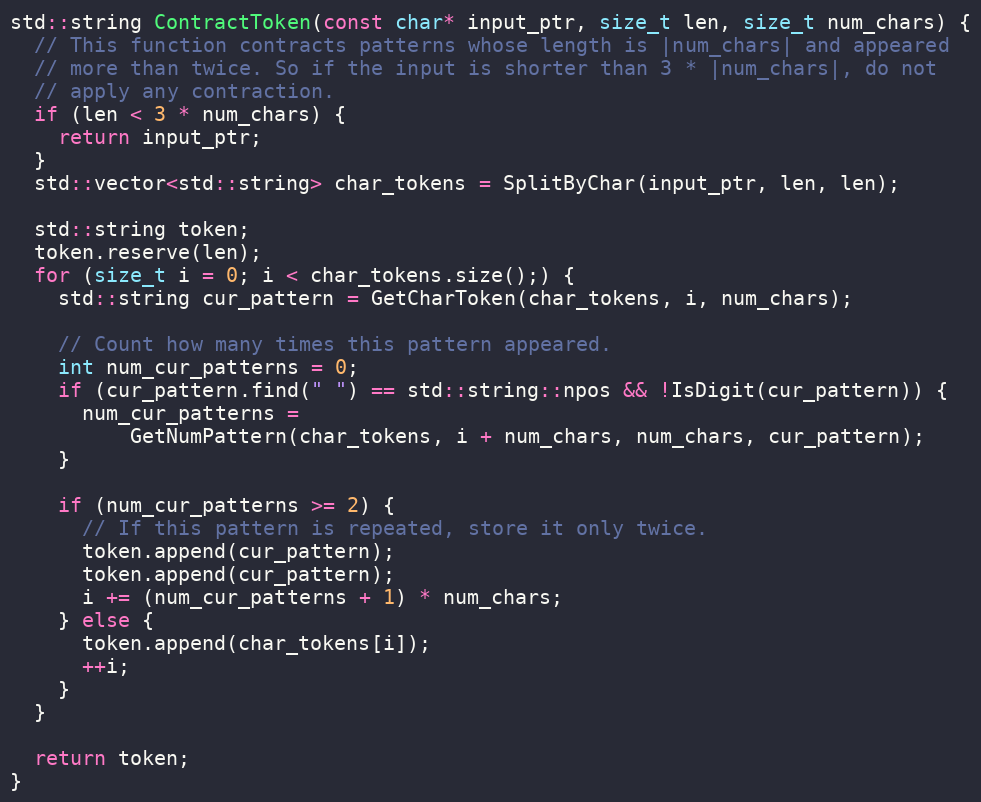
Language: C++
std::string ContractToken(const char* input_ptr, size_t len, size_t num_chars) {
  // This function contracts patterns whose length is |num_chars| and appeared
  // more than twice. So if the input is shorter than 3 * |num_chars|, do not
  // apply any contraction.
  if (len < 3 * num_chars) {
    return input_ptr;
  }
  std::vector<std::string> char_tokens = SplitByChar(input_ptr, len, len);

  std::string token;
  token.reserve(len);
  for (size_t i = 0; i < char_tokens.size();) {
    std::string cur_pattern = GetCharToken(char_tokens, i, num_chars);

    // Count how many times this pattern appeared.
    int num_cur_patterns = 0;
    if (cur_pattern.find(" ") == std::string::npos && !IsDigit(cur_pattern)) {
      num_cur_patterns =
          GetNumPattern(char_tokens, i + num_chars, num_chars, cur_pattern);
    }

    if (num_cur_patterns >= 2) {
      // If this pattern is repeated, store it only twice.
      token.append(cur_pattern);
      token.append(cur_pattern);
      i += (num_cur_patterns + 1) * num_chars;
    } else {
      token.append(char_tokens[i]);
      ++i;
    }
  }

  return token;
}